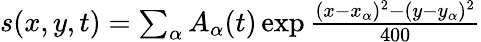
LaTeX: \begin{array}{r}{s(x,y,t)=\sum_{\alpha}A_{\alpha}(t)\exp{\frac{(x-x_{\alpha})^{2}-(y-y_{\alpha})^{2}}{400}}}\end{array}